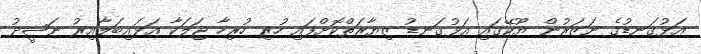
އަޅުގަނޑުގެ ނަޒަރުން ޔޫކޭގައި އަޅުގަނޑު ޒިޔާރަތްކޮށްފައި ހުރި ހުރިހާ ޖަލަކާ އަޅައިބަލާއިރު ނަޝީދު